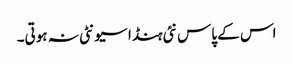
اس کے پاس نئی ہنڈا سیونٹی نہ ہوتی۔